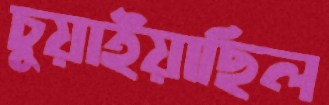
চুয়াইয়াছিল